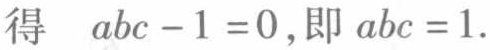
得 \(abc - 1 = 0\),即 \(abc = 1\).